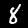
Label: 8